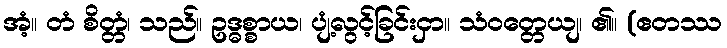
အံ့။ တံ စိတ္တံ၊ သည်။ ဥဒ္ဓစ္စာယ၊ ပျံ့လွင့်ခြင်းငှာ။ သံဝတ္တေယျ၊ ၏။ (ဧတဿ